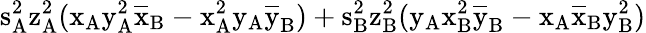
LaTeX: \mathrm{s_{A}^{2}\mathrm{z_{A}^{2}(\mathrm{x_{A}\mathrm{y_{A}^{2}\mathrm{\overline{{x}}_{B}-\mathrm{x_{A}^{2}\mathrm{y_{A}\mathrm{\overline{{y}}_{B})+\mathrm{s_{B}^{2}\mathrm{z_{B}^{2}(\mathrm{y_{A}\mathrm{x_{B}^{2}\mathrm{\overline{{y}}_{B}-\mathrm{x_{A}\mathrm{\overline{{x}}_{B}\mathrm{y_{B}^{2})}}}}}}}}}}}}}}}}